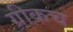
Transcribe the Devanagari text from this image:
ग्रीकच